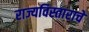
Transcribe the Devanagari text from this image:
राज्यविस्ताराचे